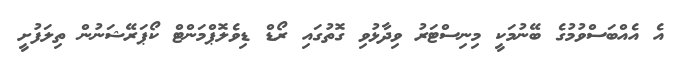
އެ އެއްބަސްވުމުގެ ބޭނުމަކީ މިނިސްޓަރު ވިދާޅުވި ގޮތުގައި ރޯޑް ޑިވެލޮޕްމަންޓް ކޯޕަރޭޝަނުން ތިލަފުށީ